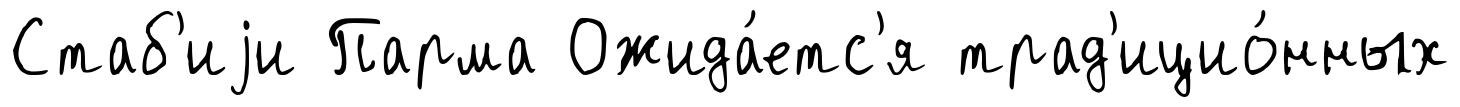
Стаб'иjи Парма Ожида́етс'я трад'ицио́нных